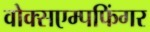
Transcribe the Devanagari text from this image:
वोक्सएम्पफिंगर